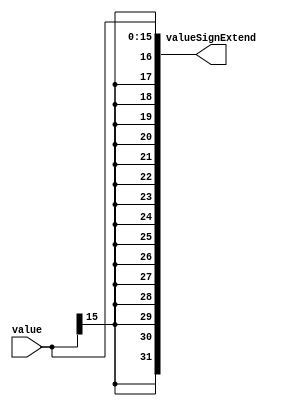
`timescale 1ns / 1ps

module SignExtend(

		input [15:0] value,
		output [31:0] valueSignExtend
    );
		assign valueSignExtend = {{16{value[15]}}, value[15:0]};

endmodule